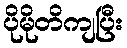
ပိုမိုတိကျပြီး